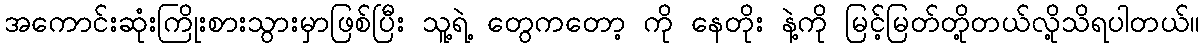
အကောင်းဆုံးကြိုးစားသွားမှာဖြစ်ပြီး သူ့ရဲ့ တွေကတော့ ကို နေတိုး နဲ့ကို မြင့်မြတ်တို့တယ်လို့သိရပါတယ်။